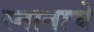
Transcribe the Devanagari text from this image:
स्नानाचे